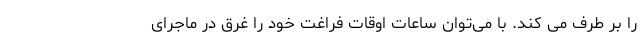
را بر طرف می کند. با می‌توان ساعات اوقات فراغت خود را غرق در ماجرای